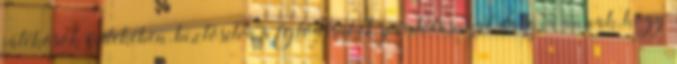
játékosok érdekében, biztosítva a fejlődésüket, sportolásukat, dacára annak, hogy